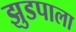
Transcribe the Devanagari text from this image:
झुडपाला